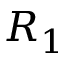
R _ { 1 }